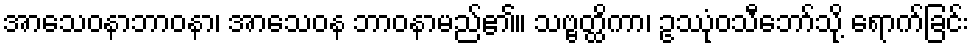
အာသေဝနာဘာဝနာ၊ အာသေဝန ဘာဝနာမည်၏။ သဗ္ဗတ္ထိကာ၊ ဥဿုံဝသီဘော်သို့ ရောက်ခြင်း